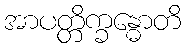
အာပတ္တိက္ခန္ဓောတိ